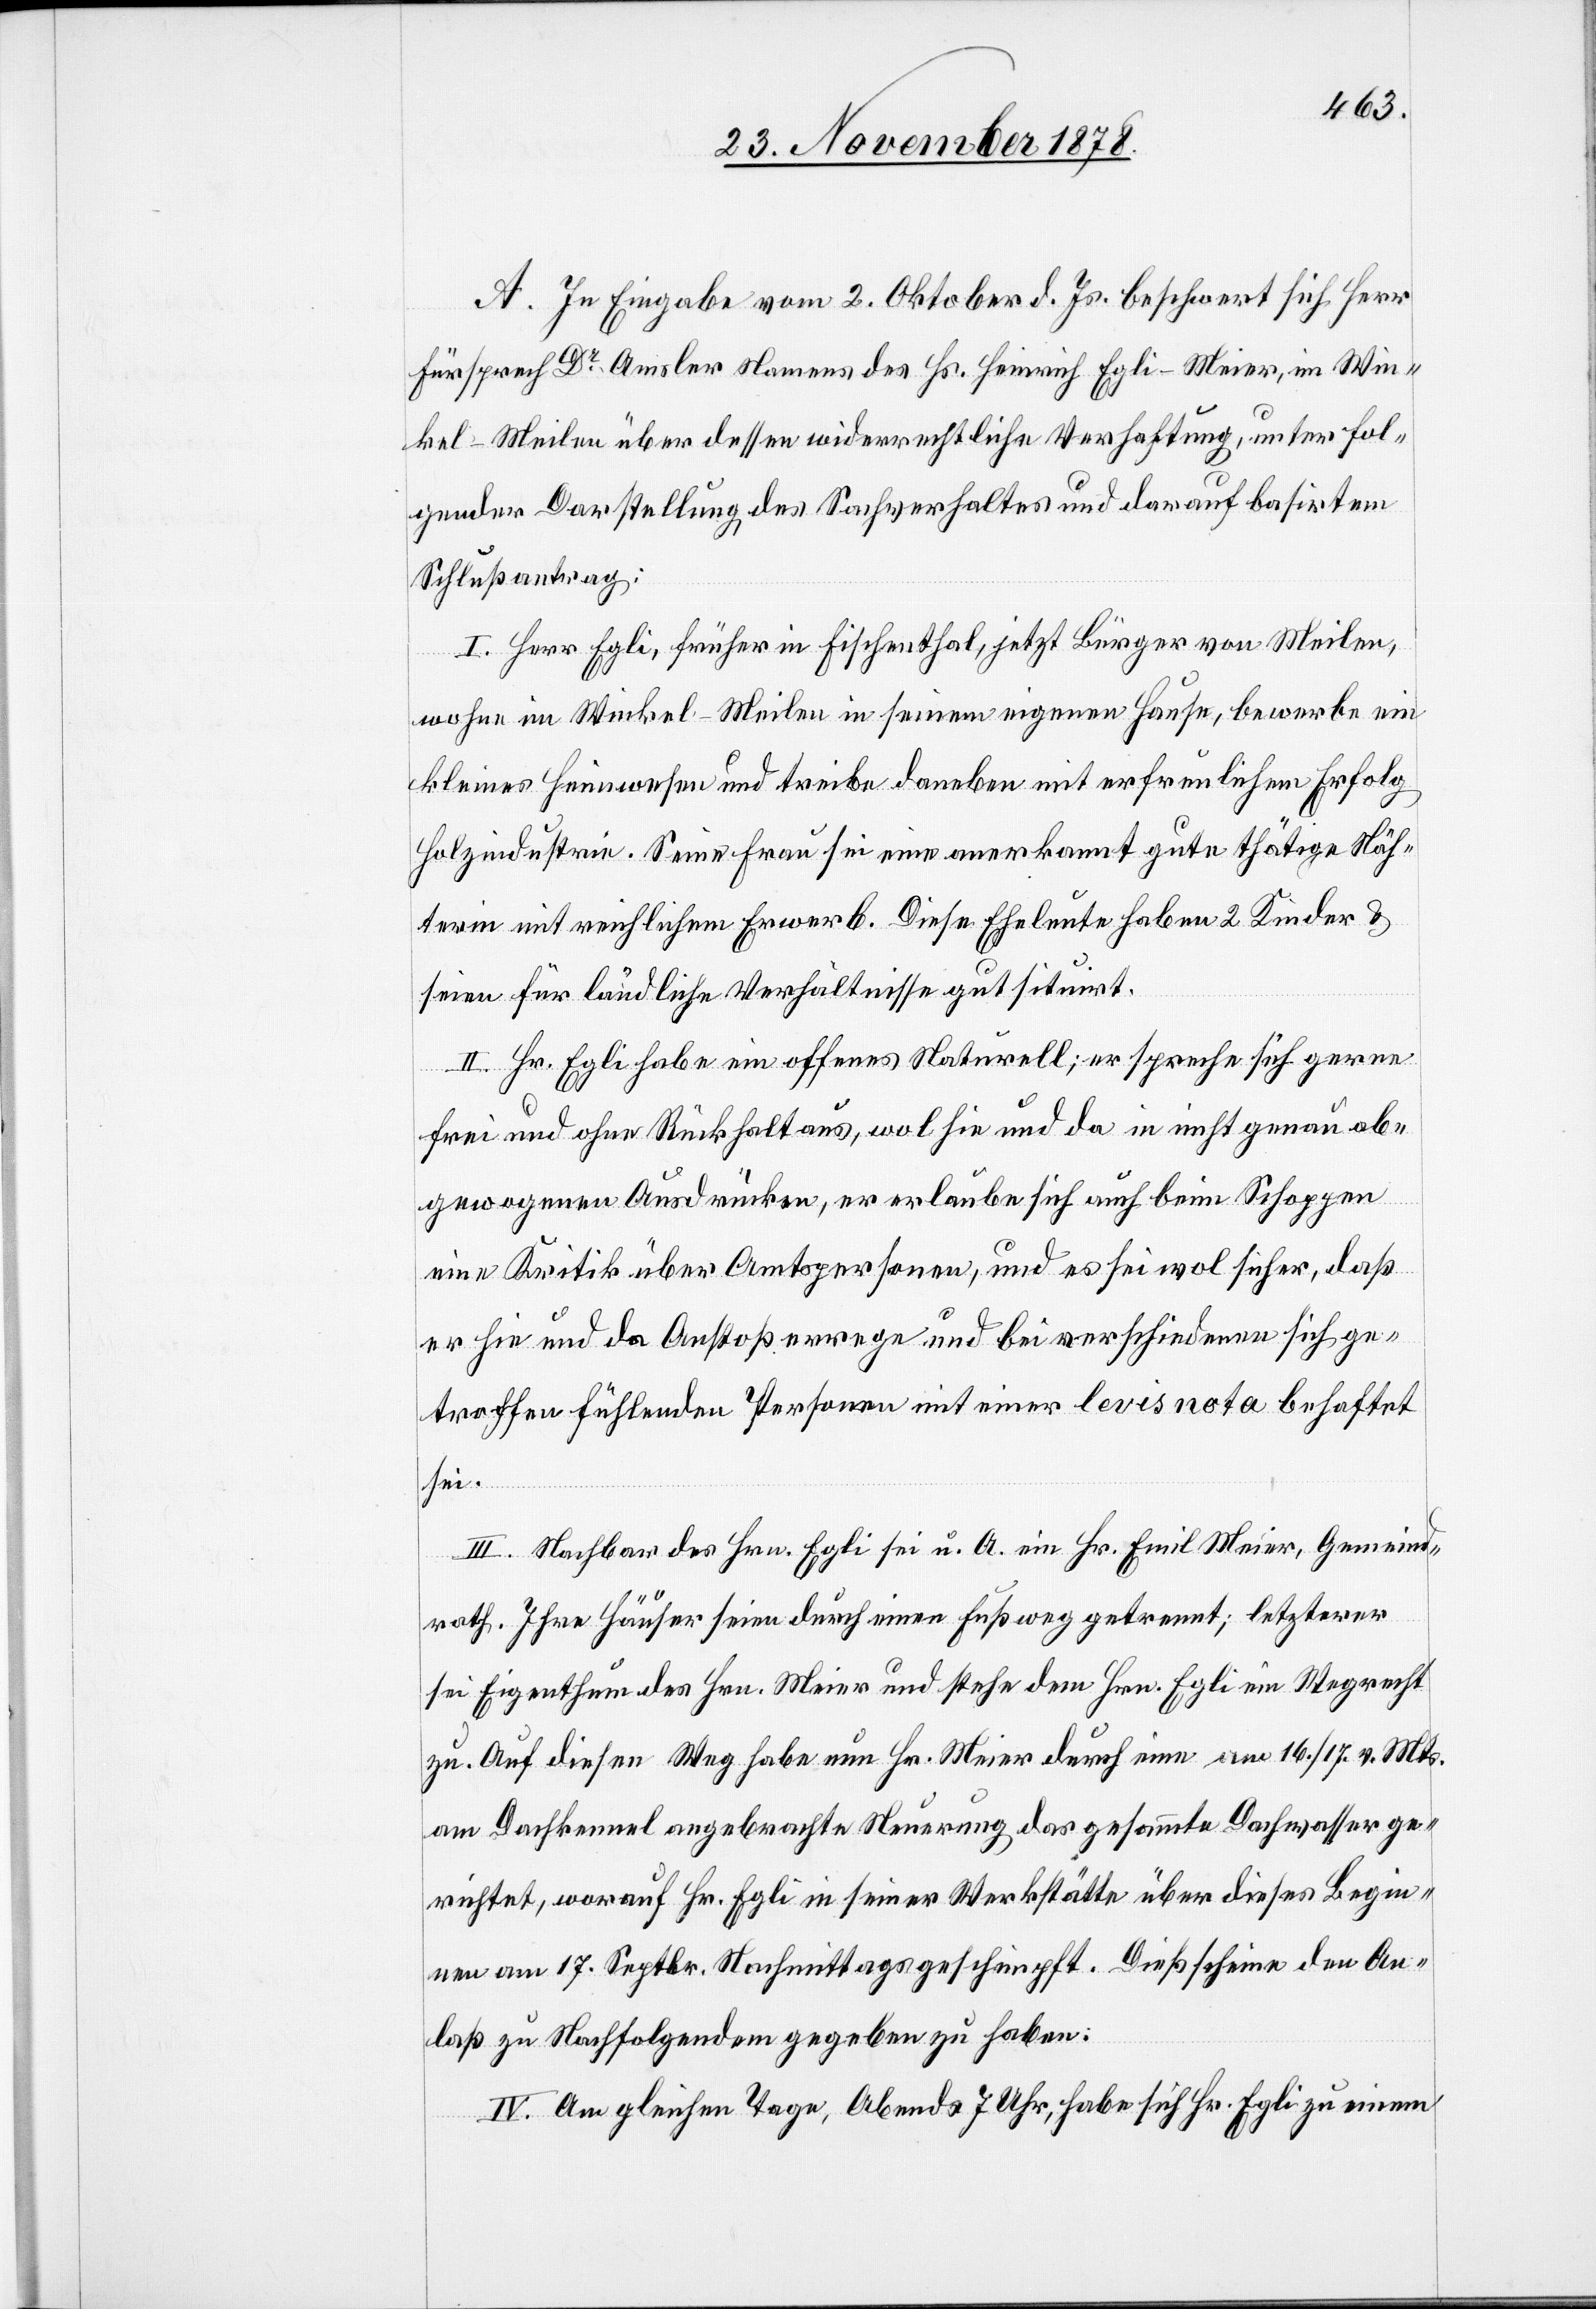
A. In Eingabe vom 2. Oktober d. Js. beschwert sich Herr
Fürsprech Dr Amsler Namens des Hs. Heinrich Egli-Meier, im Win¬
kel - Meilen über dessen widerrechtliche Verhaftung, unter fol¬
gender Darstellung des Sachverhaltes und darauf basirtem
Schlußantrag:
I. Herr Egli, früher in Fischenthal, jetzt Bürger von Meilen,
wohne im Winkel - Meilen in seinem eigenen Hause, bewerke ein
kleines Heimwesen und treibe daneben mit erfreulichem Erfolg
Holzindustrie. Seine Frau sei eine anerkannt gute thätige Näh¬
erin mit reichlichem Erwerb. Diese Eheleute haben 2 Kinder &
seien für ländliche Verhältnisse gut situirt.
II. Hr. Egli habe ein offenes Naturell, er spreche sich gerne
frei und ohne Rückhalt aus, wol hie und da in nicht genau ab¬
gewogenen Ausdrücken, er erlaube sich auch beim Schoppen
eine Kritik über Amtspersonen, und es sei wol sicher, daß
er hie und da Anstoß errege und bei verschiedenen sich ge¬
troffen fühlenden Personen mit einer levis nota behaftet
sei.
III. Nachbar des Hrn. Egli sei u. A. ein Hr. Emil Meier, Gemeind¬
rath. Ihre Häuser seien durch einen Fußweg getrennt, letzterer
sei Eigenthum des Hrn. Meier und stehe dem Hrn. Egli ein Wegrecht
zu. Auf diesen Weg habe nun Hr. Meier durch eine am 16./17. v. Mts.
am Dachkennel angebrachte Neuerung das gesammte Dachwasser ge¬
richtet, worauf Hr. Egli in seiner Werkstätte über dieses Begin¬
nen am 17. Septbr. Nachmittags geschimpft. Dieß scheine den An¬
laß zu Nachfolgendem gegeben zu haben.
IV. Am gleichen Tage, Abends 7 Uhr, habe sich Hr. Egli zu einem